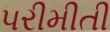
પરીમીતી